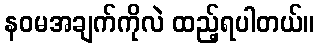
နဝမအချက်ကိုလဲ ထည့်ရပါတယ်။